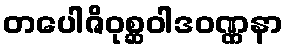
တပေါဇိဝုစ္ဆဝါဒဝဏ္ဏနာ